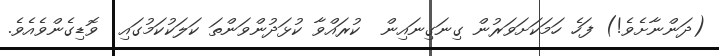
(ދަންނާށެވެ!) ފަހެ ހަމަކަށަވަރުން ގިނަގިނައިން  ކުރައްވާ ކުޅަދުންވަންތަ ކަލަކުކަމުގައި  ވޮޑިގެންވެއެވެ.